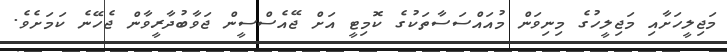
މަޖިލީހަށާއި މަޖިލީހުގެ މިނިވަން މުއައްސަސާތަކުގެ ކޮމިޓީ އަށް ޖޭއެސްސީން ޖަވާބުދާރީވާން ޖެހޭނެ ކަމަށެވެ.